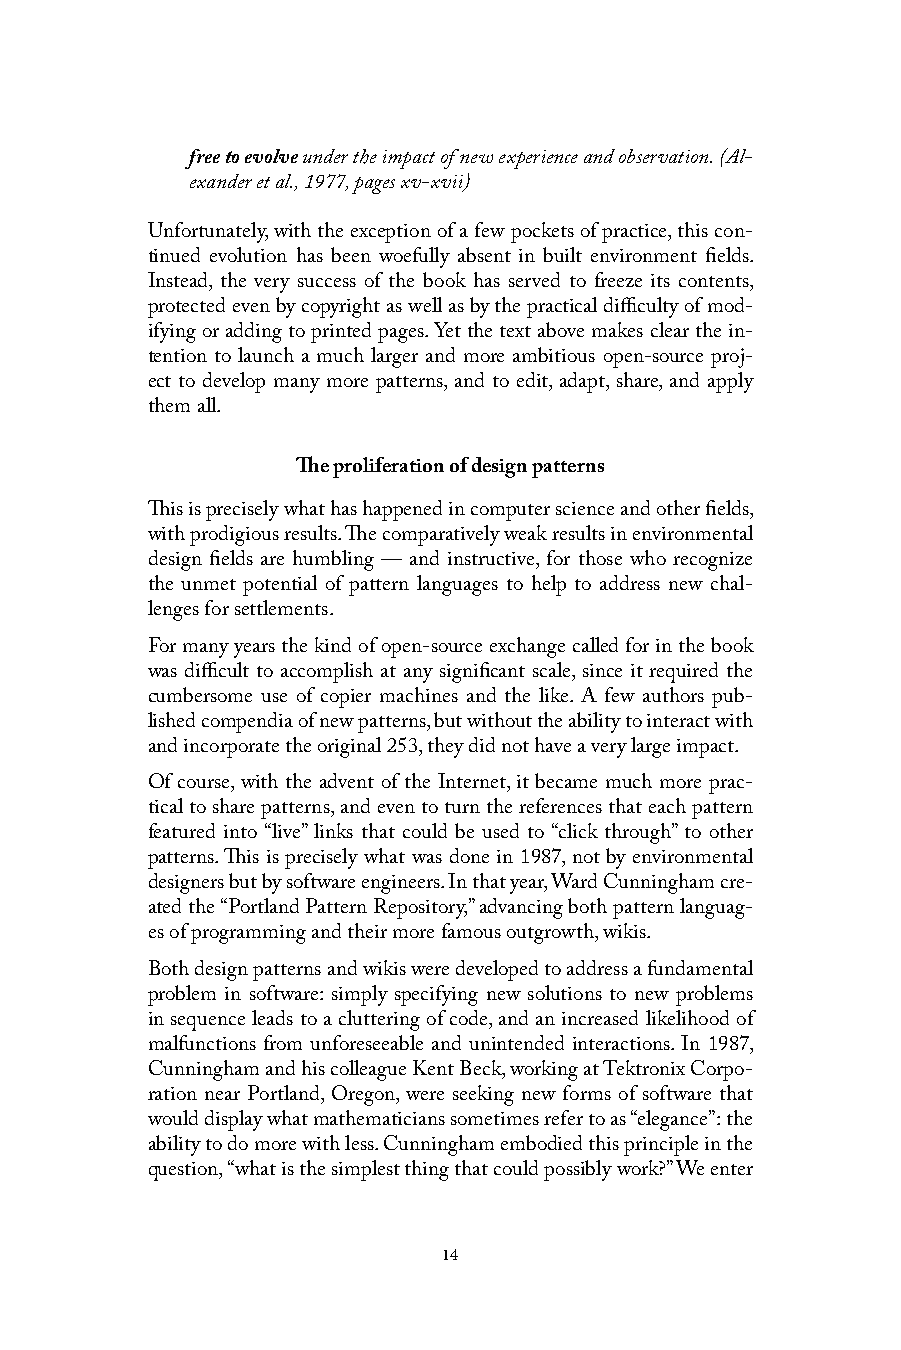
free to evolve under the impact of new experience and observation. (Al-
 exander et al., 1977, pages xv-xvii)
 Unfortunately, with the exception of a few pockets of practice, this con-
 tinued evolution has been woefully absent in built environment fields.
 Instead, the very success of the book has served to freeze its contents,
 protected even by copyright as well as by the practical difficulty of mod-
 ifying or adding to printed pages. Yet the text above makes clear the in-
 tention to launch a much larger and more ambitious open-source proj-
 ect to develop many more patterns, and to edit, adapt, share, and apply
 them all.
 The proliferation of design patterns
 This is precisely what has happened in computer science and other fields,
 with prodigious results. The comparatively weak results in environmental
 design fields are humbling — and instructive, for those who recognize
 the unmet potential of pattern languages to help to address new chal-
 lenges for settlements.
 For many years the kind of open-source exchange called for in the book
 was difficult to accomplish at any significant scale, since it required the
 cumbersome use of copier machines and the like. A few authors pub-
 lished compendia of new patterns, but without the ability to interact with
 and incorporate the original 253, they did not have a very large impact.
 Of course, with the advent of the Internet, it became much more prac-
 tical to share patterns, and even to turn the references that each pattern
 featured into “live” links that could be used to “click through” to other
 patterns. This is precisely what was done in 1987, not by environmental
 designers but by software engineers. In that year, Ward Cunningham cre-
 ated the “Portland Pattern Repository,” advancing both pattern languag-
 es of programming and their more famous outgrowth, wikis.
 Both design patterns and wikis were developed to address a fundamental
 problem in software: simply specifying new solutions to new problems
 in sequence leads to a cluttering of code, and an increased likelihood of
 malfunctions from unforeseeable and unintended interactions. In 1987,
 Cunningham and his colleague Kent Beck, working at Tektronix Corpo-
 ration near Portland, Oregon, were seeking new forms of software that
 would display what mathematicians sometimes refer to as “elegance”: the
 ability to do more with less. Cunningham embodied this principle in the
 question, “what is the simplest thing that could possibly work?” We enter
 14